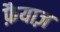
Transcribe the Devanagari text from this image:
फ़ैयाज़